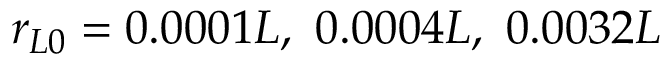
r _ { L 0 } = 0 . 0 0 0 1 L , \ 0 . 0 0 0 4 L , \ 0 . 0 0 3 2 L